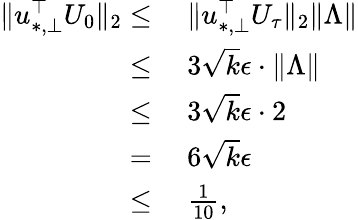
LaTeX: \begin{array}{rl}{\| u_{*,\bot}^{\top}U_{0}\| _{2}\leq}&{~\| u_{*,\bot}^{\top}U_{\tau}\| _{2}\| \Lambda\| }\\ {\leq}&{~3\sqrt{k}\epsilon\cdot\| \Lambda\| }\\ {\leq}&{~3\sqrt{k}\epsilon\cdot 2}\\ {=}&{~6\sqrt{k}\epsilon}\\ {\leq}&{~\frac{1}{10},}\end{array}